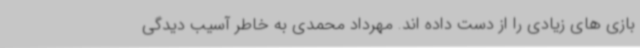
بازی های زیادی را از دست داده اند. مهرداد محمدی به خاطر آسیب دیدگی